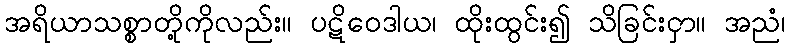
အရိယာသစ္စာတို့ကိုလည်း။ ပဋိဝေဒါယ၊ ထိုးထွင်း၍ သိခြင်းငှာ။ အညံ၊